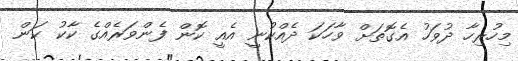
މިހުރިހާ ދުވަހު އެގޮތަށް ވާހަކަ ދެއްކުނީ އެއީ ކޮން ފެންވަރެއްގެ ކާކު ކަން